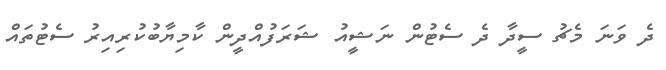
ދެ ވަނަ މެޗު ސީދާ ދެ ސެޓުން ނަޝީއު ޝަރަފުއްދީން ކާމިޔާބުކުރިއިރު ސެޓުތައް